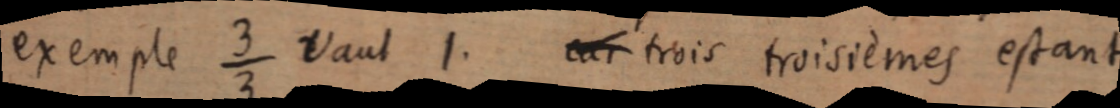
exemple ³⁄₃ vaut 1. Car trois troisiemes estant